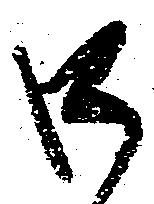
口